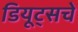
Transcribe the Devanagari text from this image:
डियूट्सचे